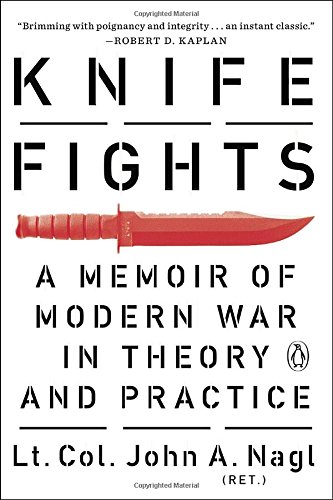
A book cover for Knife Fights: A Memoir of Modern War in Theory and Practice; John A. Nagl; History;